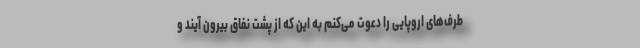
طرف‌های اروپایی را دعوت می‌کنم به این که از پشت نفاق بیرون آیند و